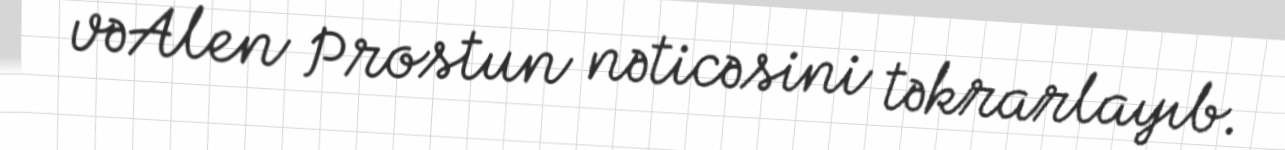
vəAlen Prostun nəticəsini təkrarlayıb.